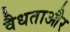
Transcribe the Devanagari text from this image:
वैधताऔर